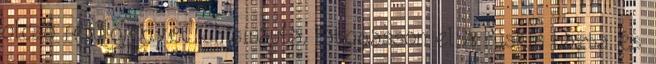
olcsó repülőjegyet Chisinauba, látogasson el a Puskin házba és